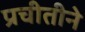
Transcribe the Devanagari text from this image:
प्रचीतीने